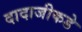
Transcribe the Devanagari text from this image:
दादाजीकडे